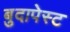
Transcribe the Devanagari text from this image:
बुदापेस्ट